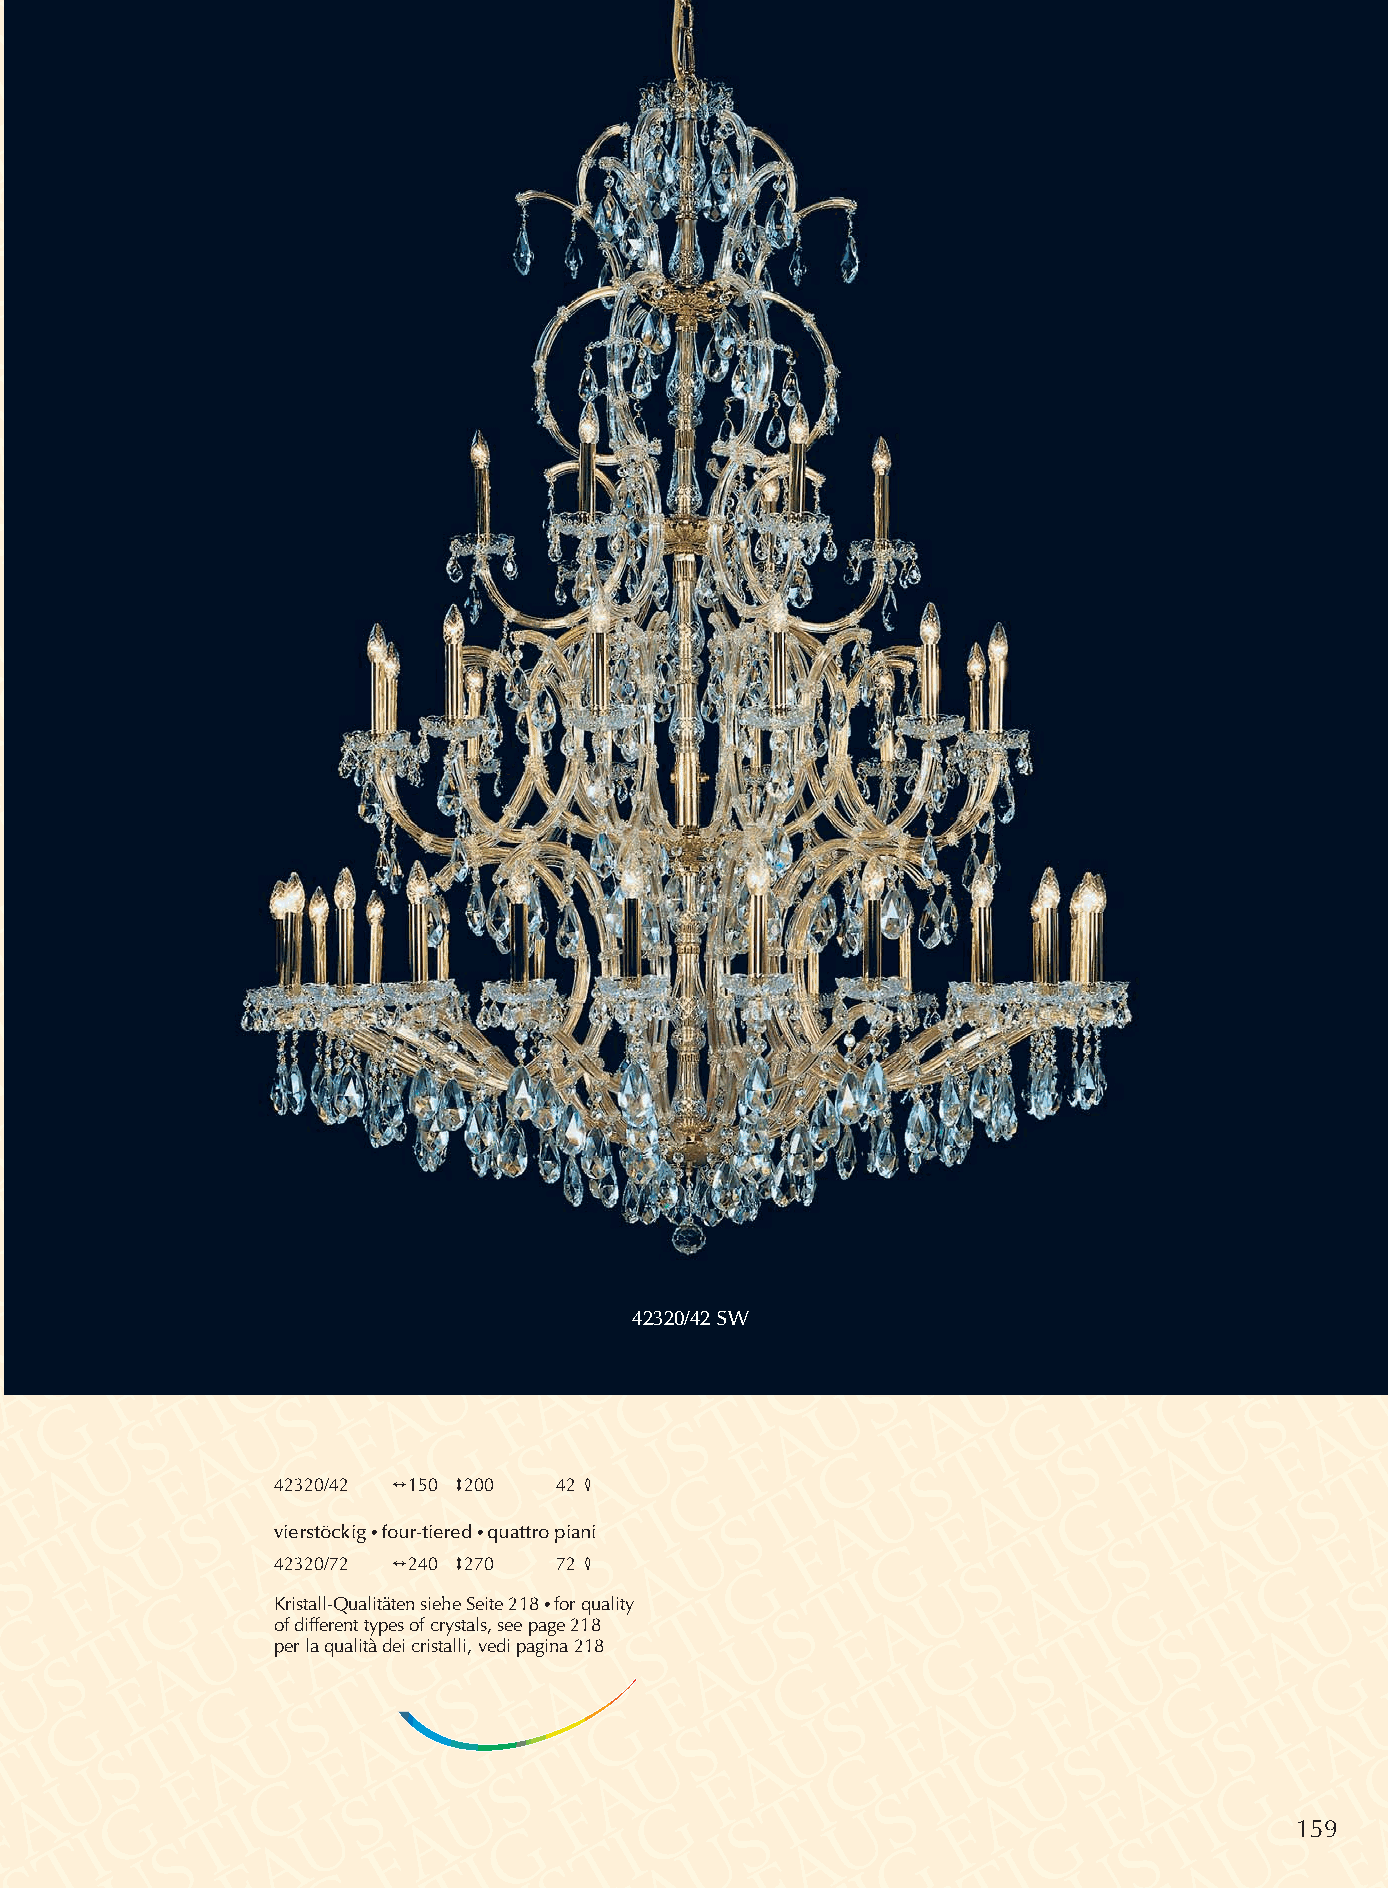
42320/42 SW
 42320/42 2150 3200 42 4
 vierstöckig•four-tiered •quattro piani
 42320/72 2240 3270 72 4
 Kristall-Qualitäten siehe Seite 218 •for quality
 of different types of crystals, see page 218
 per la qualità dei cristalli, vedi pagina 218
 159